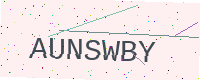
Text: AUNSWBY